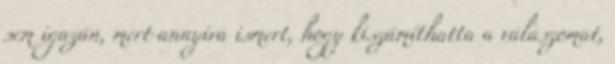
sem igazán, mert annyira ismert, hogy kiszámíthatta a válaszomat,